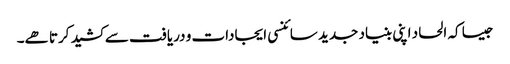
جیسا کہ الحاد اپنی بنیاد جدید سائنسی ایجادات و دریافت سے کشید کرتا ھے۔